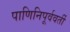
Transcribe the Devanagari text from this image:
पाणिनिपूर्ववर्ती